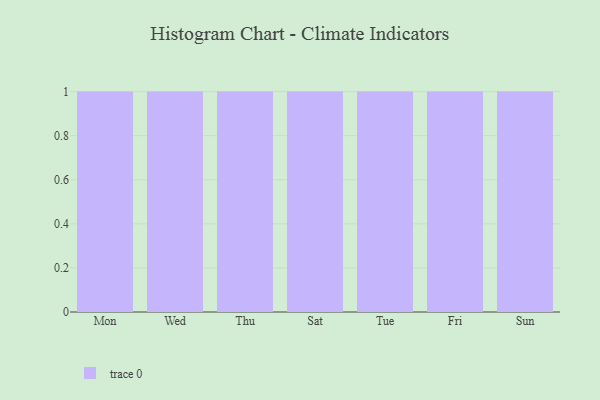
{"axis": {"x": "Day", "y": "Demand Index"}, "legend": [""], "data": [{"x": "Mon", "y": 87, "type": ""}, {"x": "Wed", "y": 20, "type": ""}, {"x": "Thu", "y": 10, "type": ""}, {"x": "Sat", "y": 30, "type": ""}, {"x": "Tue", "y": 3, "type": ""}, {"x": "Fri", "y": 44, "type": ""}, {"x": "Sun", "y": 48, "type": ""}]}